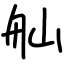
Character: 舢